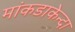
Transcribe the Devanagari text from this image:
मांकडाकेन्दा